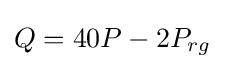
Q=40P-2P_{rg}